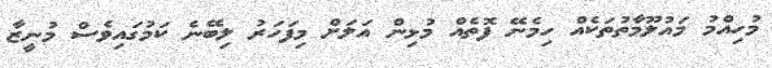
މުހިއްމު މައުލޫމާތުތަކެއް ހިމެނޭ ފޮތެއް މުޅިން އަލަށް މިފަހަރު ލިބޭނެ ކަމުގައިވެސް މުނީޒާ